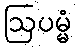
ဩပမ္မံ